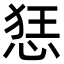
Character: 㤮